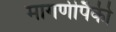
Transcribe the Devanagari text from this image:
मागणीपैकी